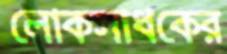
লোকসাধকের